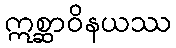
ဣစ္ဆာဝိနယဿ